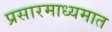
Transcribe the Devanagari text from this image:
प्रसारमाध्यमात